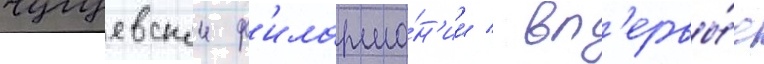
чугуевскои ф'илармо́н'ии / вп'ервы́е